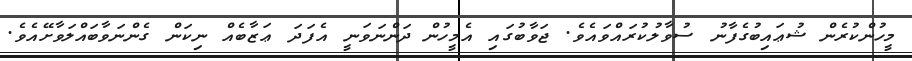
މީހުންކުރެން ޝުޢައިބުގެފާނު ސުވާލުކުރައްވައެވެ. ޖަވާބުގައި އެމީހުން ދަންނަވަނީ އެފަދަ ޢަޒާބެއް ނިކަން ގެންނަވާބައްލަވާށޭއެވެ.